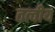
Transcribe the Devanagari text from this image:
तत्‍वीय